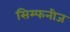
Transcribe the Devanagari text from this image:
सिम्फनीज